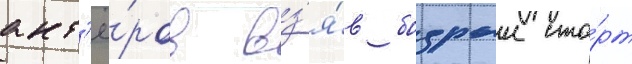
акт'ё́ров вз'я́в бодрыи ста́рт